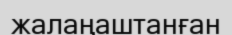
жалаңаштанған